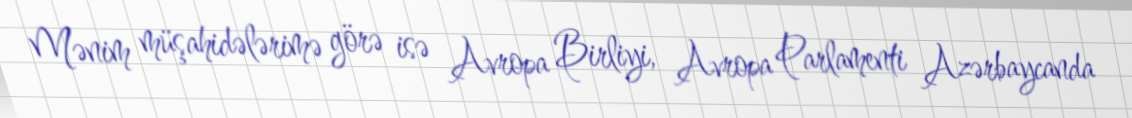
Mənim müşahidələrimə görə isə Avropa Birliyi, Avropa Parlamenti Azərbaycanda